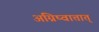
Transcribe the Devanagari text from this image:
अग्निष्वात्तात्